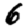
Digit: 6